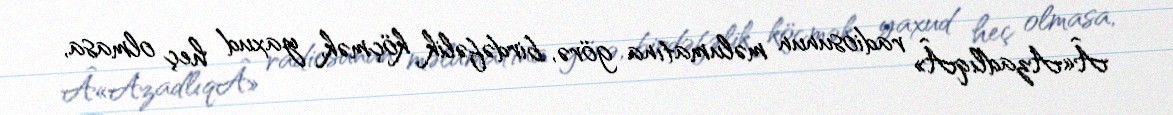
Â«AzadlıqÂ» radiosunun məlumatına görə, birdəfəlik köçmək, yaxud heç olmasa,